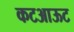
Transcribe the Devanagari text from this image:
कटआऊट